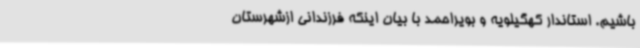
باشیم. استاندار کهگیلویه و بویراحمد با بیان اینکه فرزندانی ازشهرستان